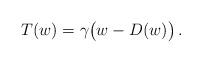
LaTeX: \begin{align*}T(w)=\gamma\big(w-D(w)\big)\,.\end{align*}